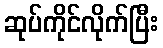
ဆုပ်ကိုင်လိုက်ပြီး